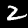
Digit: 2